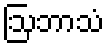
ဩဘာသံ